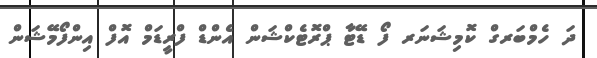
ދަ ހެމްބަރގް ކޮމިޝަނަރ ފޯ ޑޭޓާ ޕްރޮޓެކްޝަން އެންޑް ފްރީޑަމް އޮފް އިންފޯމޭޝަން